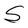
Character: S